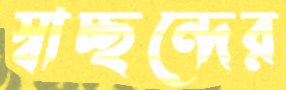
স্বাচ্ছন্দের